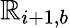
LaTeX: \mathbb{R}_{i+1,b}